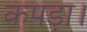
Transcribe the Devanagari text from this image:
कपड़ा।